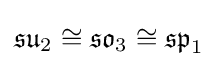
{\mathfrak {su}}_{2}\cong {\mathfrak {so}}_{3}\cong {\mathfrak {sp}}_{1}